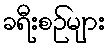
ခရီးစဉ်များ